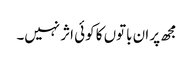
مجھ پر ان باتوں کا کوئی اثر نہیں۔